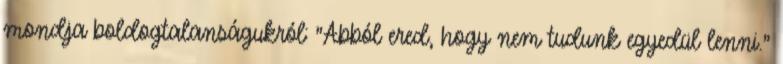
mondja boldogtalanságukról: "Abból ered, hogy nem tudunk egyedül lenni."